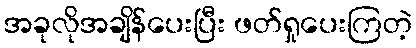
အခုလိုအချိန်ပေးပြီး ဖတ်ရှုပေးကြတဲ့